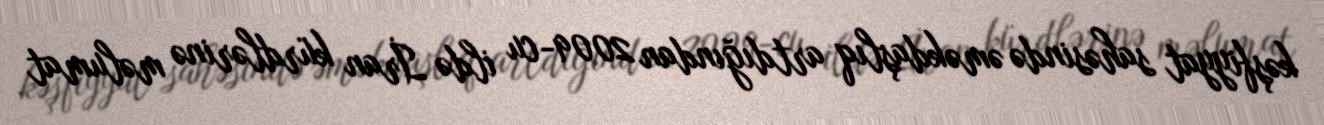
kəşfiyyat sahəsində əməkdaşlıq artdığından 2009-cu ildə İran kürdlərinə məlumat